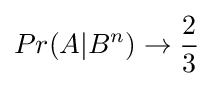
Pr(A|B^{n})\to {\frac {2}{3}}